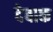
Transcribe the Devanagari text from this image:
देबाक